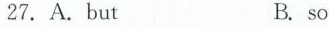
27.A.but B.so